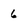
Character: 6